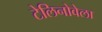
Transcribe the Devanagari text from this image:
टेलिनोवेला